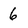
Character: 6